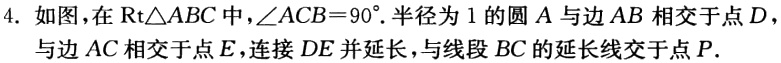
4. 如图，在\(Rt\triangle ABC\)中，\(\angle ACB = 90^{\circ}\). 半径为\(1\)的圆\(A\)与边\(AB\)相交于点\(D\)，与边\(AC\)相交于点\(E\)，连接\(DE\)并延长，与线段\(BC\)的延长线交于点\(P\).